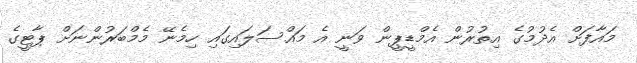
މައާފަށް އެދުމުގެ އިތުރުން އެމްޑީޕީން ވަނީ އެ މައްސަލައިގައި ހިމެނޭ މެމްބަރުންނަށް ޕާޓީގެ